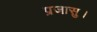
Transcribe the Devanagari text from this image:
प्रजासु।